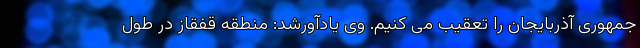
جمهوری آذربایجان را تعقیب می کنیم. وی یادآورشد: منطقه قفقاز در طول